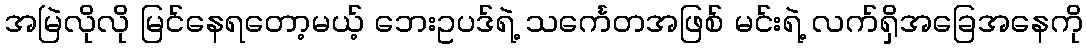
အမြဲလိုလို မြင်နေရတော့မယ့် ဘေးဥပဒ်ရဲ့ သင်္ကေတအဖြစ် မင်းရဲ့ လက်ရှိအခြေအနေကို